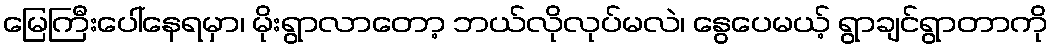
မြေကြီးပေါ်နေရမှာ၊ မိုးရွာလာတော့ ဘယ်လိုလုပ်မလဲ၊ နွေပေမယ့် ရွာချင်ရွာတာကို